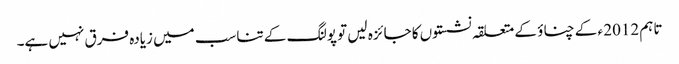
تاہم 2012 ء کے چناؤ کے متعلقہ نشستوں کا جائزہ لیں تو پولنگ کے تناسب میں زیادہ فرق نہیں ہے۔